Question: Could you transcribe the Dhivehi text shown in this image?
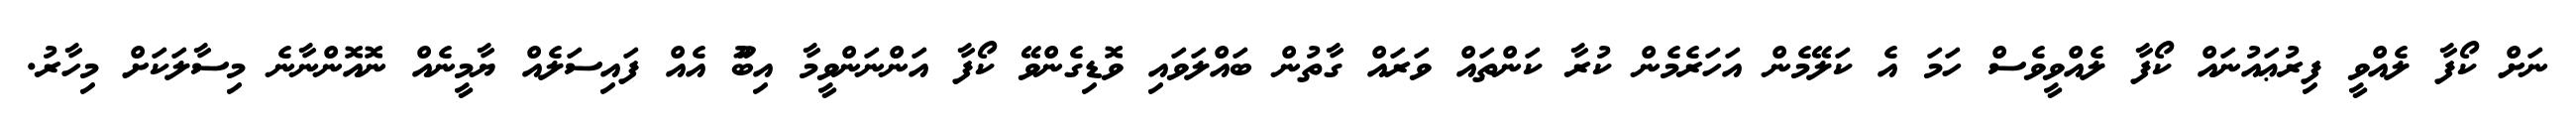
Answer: ނަށް ކޯފާ ލެއްވީ ފިރުޢައުނައް ކޯފާ ލެއްވީވެސް ހަމަ އެ ކަލޭމެން އަހަރެމެން ކުރާ ކަންތައް ވަރައް ގާތުން ބައްލަވައި ވޮޑިގެންވޭ ކޯފާ އަންނަންވީމާ އިބޫު އެއް ފައިސަލެއް ޔާމީނެއް ނޮއޮންނާނެ މިސާލަކަށް މިހާރު.